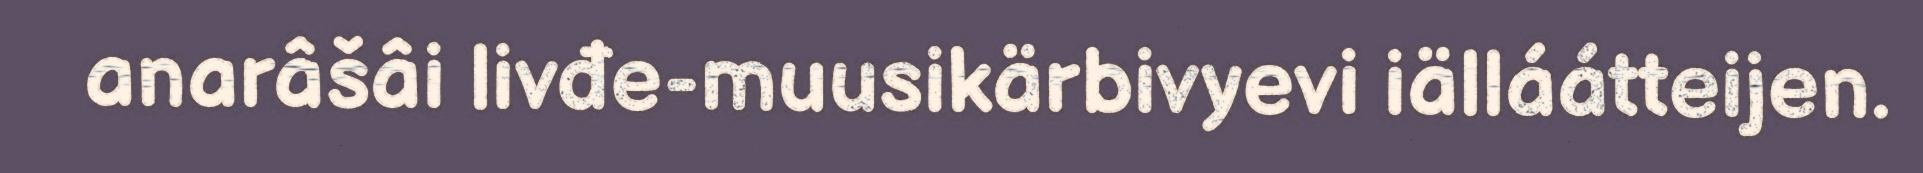
anarâšâi livđe-muusikärbivyevi iälláátteijen.